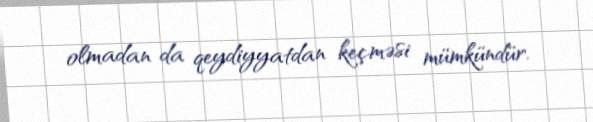
olmadan da qeydiyyatdan keçməsi mümkündür.